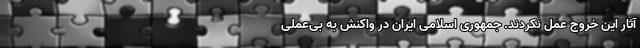
آثار این خروج عمل نکردند. جمهوری اسلامی ایران در واکنش به بی‌عملی